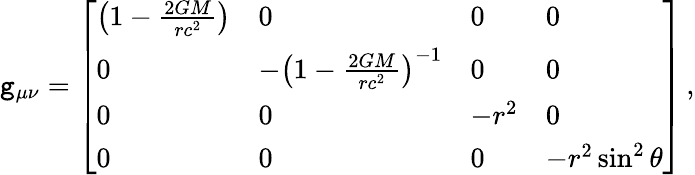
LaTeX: \mathtt{g}_{\mu\nu}={\left[\begin{array}{llll}{\left(1-{\frac{2GM}{rc^{2}}}\right)}&{0}&{0}&{0}\\ {0}&{-\left(1-{\frac{2GM}{rc^{2}}}\right)^{-1}}&{0}&{0}\\ {0}&{0}&{-r^{2}}&{0}\\ {0}&{0}&{0}&{-r^{2}\sin^{2}\theta}\end{array}\right]}\, ,